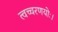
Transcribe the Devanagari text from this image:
त्वच्चरणयोः।